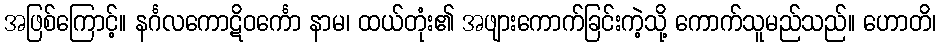
အဖြစ်ကြောင့်။ နင်္ဂလကောဋိဝင်္ကော နာမ၊ ထယ်တုံး၏ အဖျားကောက်ခြင်းကဲ့သို့ ကောက်သူမည်သည်။ ဟောတိ၊